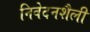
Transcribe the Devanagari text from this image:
निवेदनशैली